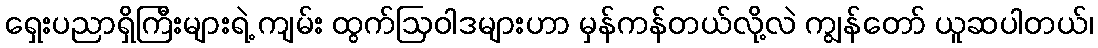
ရှေးပညာရှိကြီးများရဲ့ ကျမ်း ထွက်ဩဝါဒများဟာ မှန်ကန်တယ်လို့လဲ ကျွန်တော် ယူဆပါတယ်၊